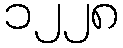
၁၂၂၈